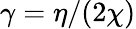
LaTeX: \gamma=\eta/(2\chi)